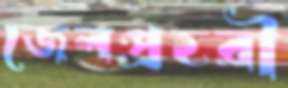
জেলপ্রহরী